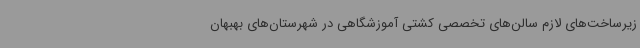
زیرساخت‌های لازم سالن‌های تخصصی کشتی آموزشگاهی در شهرستان‌های بهبهان